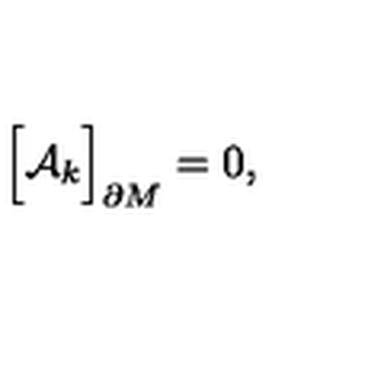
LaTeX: \Bigr [ { \cal A } _ { k } \Bigr ] _ { \partial M } = 0 ,